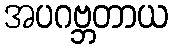
အပဂဗ္ဘတာယ